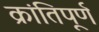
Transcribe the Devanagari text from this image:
क्रांतिपूर्ण